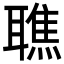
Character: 𦗠